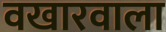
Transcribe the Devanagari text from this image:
वखारवाला